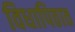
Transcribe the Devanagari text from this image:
विधापिठात